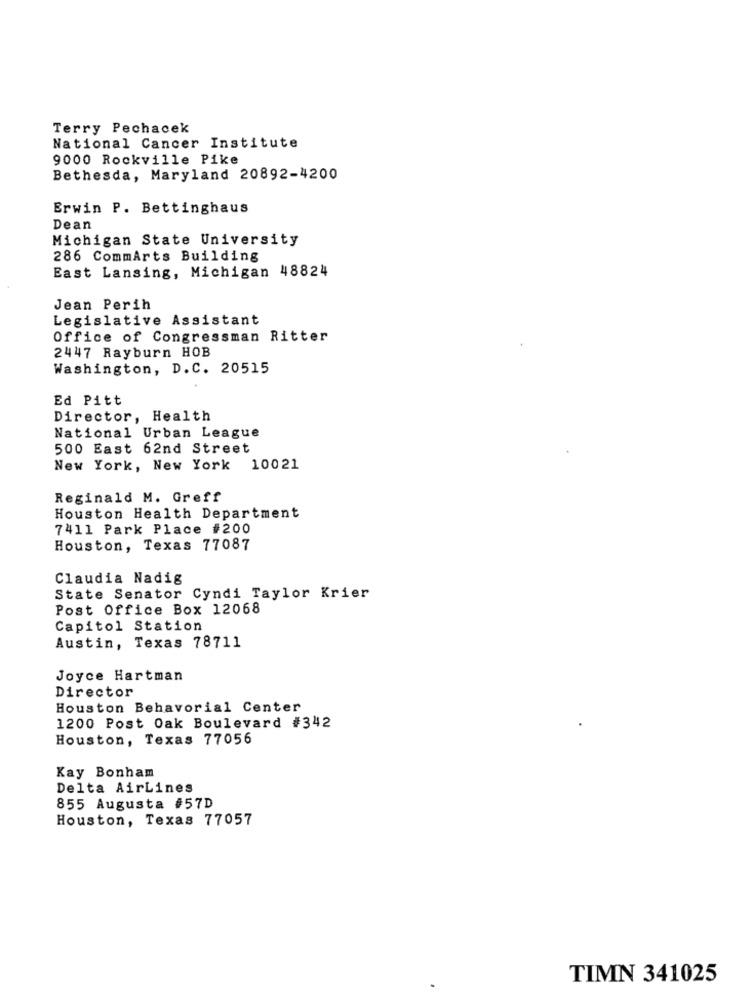
Terry Pechacek
National Cancer Institute
9000 Rockville Pike
Bethesda, Maryland 20892-4200
Erwin P. Bettinghaus
Dean
Michigan State University
286 CommArts Building
East Lansing, Michigan 48824
Jean Perih
Legislative Assistant
Office of Congressman Ritter
2447 Rayburn HOB
Washington, D.C. 20515
Ed Pitt
Director, Health
National Urban League
500 East 62nd Street
New York, New York 10021
Reginald M. Greff
Houston Health Department
7411 Park Place #200
Houston, Texas 77087
Claudia Nadig
State Senator Cyndi Taylor Krier
Post Office Box 12068
Capitol Station
Austin, Texas 78711
Joyce Hartman
Director
Houston Behavorial Center
1200 Post Oak Boulevard #342
Houston, Texas 77056
Kay Bonham
Delta AirLines
855 Augusta #57D
Houston, Texas 77057
TIMN 341025